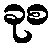
ခုစ